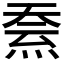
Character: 𱫒